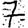
Digit: 7